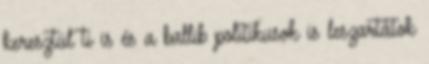
keresztül ti is és a ballib politikusok is leszartátok